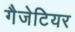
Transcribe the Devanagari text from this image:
गैजेटियर